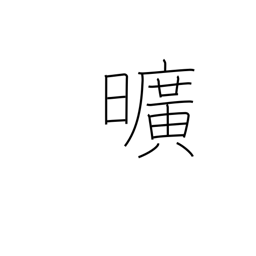
Meaning: worthless